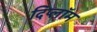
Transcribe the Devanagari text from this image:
दिप्लॉम